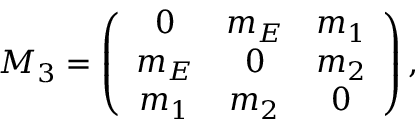
{ \cal M } _ { 3 } = \left( \begin{array} { c c c } { { 0 } } & { { m _ { E } } } & { { m _ { 1 } } } \\ { { m _ { E } } } & { { 0 } } & { { m _ { 2 } } } \\ { { m _ { 1 } } } & { { m _ { 2 } } } & { { 0 } } \end{array} \right) ,